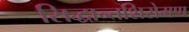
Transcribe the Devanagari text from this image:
सिद्धान्तशिरोमण